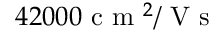
4 2 0 0 0 \mathrm { ~ c ~ m ~ } ^ { 2 } / \mathrm { ~ V ~ s ~ }